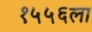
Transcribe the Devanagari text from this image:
१५५६ला